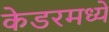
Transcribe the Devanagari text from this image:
केडरमध्ये